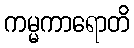
ကမ္မကာရောတိ